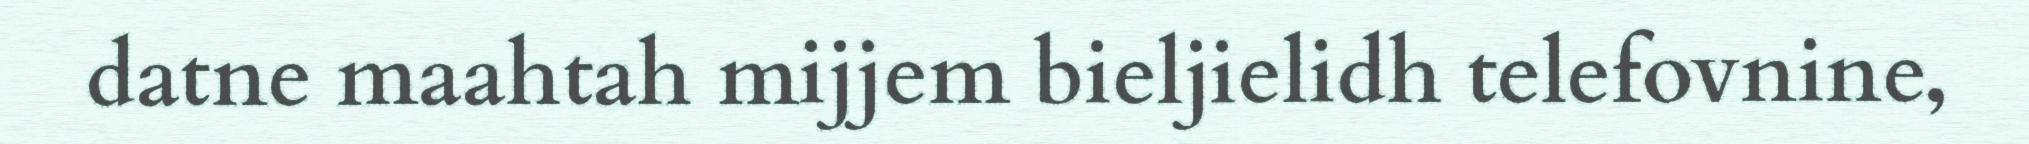
datne maahtah mijjem bieljielidh telefovnine,